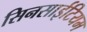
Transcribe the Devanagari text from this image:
सिनसाईटियम